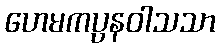
ဟေမကပ္ပနဝါသသာ